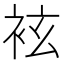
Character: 袨